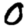
Digit: 0